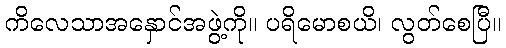
ကိလေသာအနှောင်အဖွဲ့ကို။ ပရိမောစယိ၊ လွတ်စေပြီ။